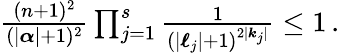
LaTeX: \begin{array}{r}{\frac{(n+1)^{2}}{(|{\boldsymbol{\alpha}}|+1)^{2}}\prod_{j=1}^{s}\frac{1}{(|{\boldsymbol{\ell}}_{j}|+1)^{2|{\boldsymbol{k}}_{j}|}}\leq 1\, .}\end{array}